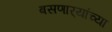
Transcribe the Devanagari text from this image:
बसणार्‍यांच्या